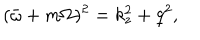
LaTeX: ( \bar { \omega } + m \Omega ) ^ { 2 } = k _ { z } ^ { 2 } + q ^ { 2 } ,